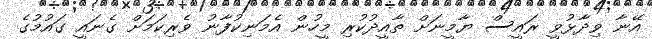
އޭނާ ވިދާޅުވީ ރައީސް ޔާމީނަށް ތާއީދުކުރި މީހުން އެމަނިކުފާނު ވެރިކަމަށް ގެނައީ ގައުމުގެ